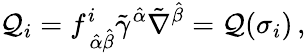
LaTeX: \mathcal{Q}_{i}=f_{\, \hat{{\alpha}}\hat{{\beta}}}^{i}\tilde{{\gamma}}^{\hat{{\alpha}}}\tilde{{\nabla}}^{\hat{{\beta}}}={\cal\mathcal{Q}}(\sigma_{i})\, ,